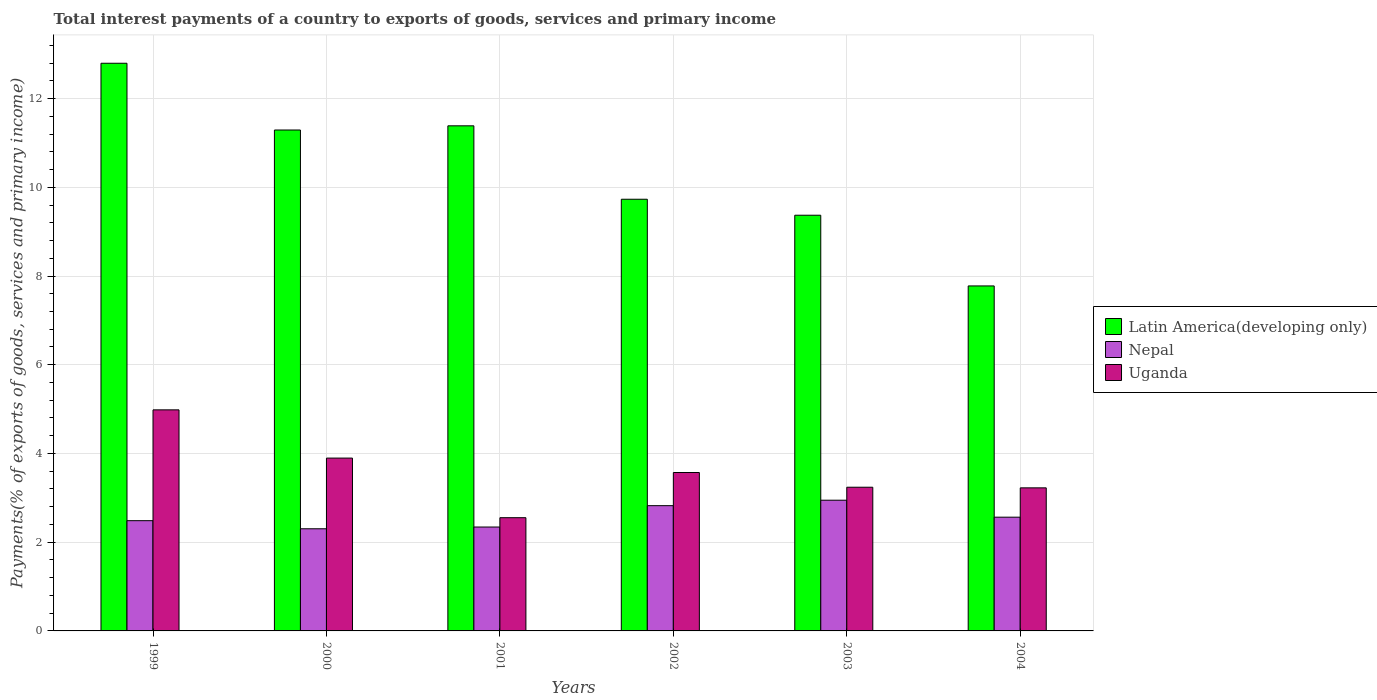
| Years | Latin America(developing only) | Nepal | Uganda |
 | --- | --- | --- | --- |
 | 1999 | 12.8 | 2.48 | 4.98 |
 | 2000 | 11.3 | 2.3 | 3.9 |
 | 2001 | 11.4 | 2.34 | 2.55 |
 | 2002 | 9.73 | 2.82 | 3.57 |
 | 2003 | 9.37 | 2.95 | 3.24 |
 | 2004 | 7.78 | 2.56 | 3.22 |